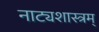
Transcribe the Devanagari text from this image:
नाट्यशास्त्रम्